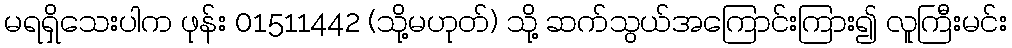
မရရှိသေးပါက ဖုန်း 01511442 (သို့မဟုတ်) သို့ ဆက်သွယ်အကြောင်းကြား၍ လူကြီးမင်း